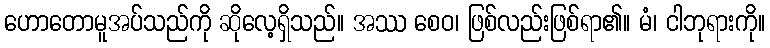
ဟောတောမူအပ်သည်ကို ဆိုလေ့ရှိသည်။ အဿ စေဝ၊ ဖြစ်လည်းဖြစ်ရာ၏။ မံ၊ ငါဘုရားကို။